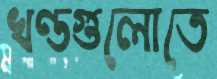
খণ্ডগুলোতে